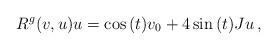
LaTeX: \begin{align*}R^g(v,u)u=\cos{(t)}v_0 + 4\sin{(t)}Ju \, , \end{align*}